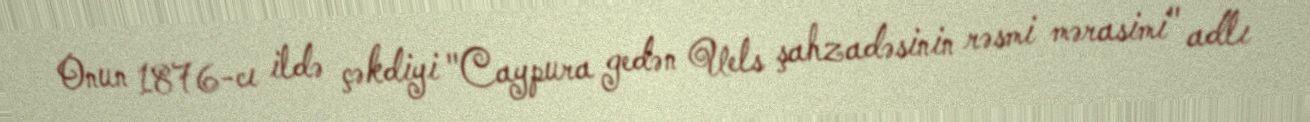
Onun 1876-cı ildə çəkdiyi "Caypura gedən Uels şahzadəsinin rəsmi mərasimi" adlı